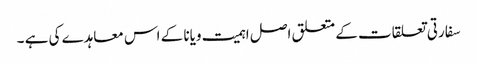
سفارتی تعلقات کے متعلق اصل اہمیت ویانا کے اس معاہدے کی ہے ۔